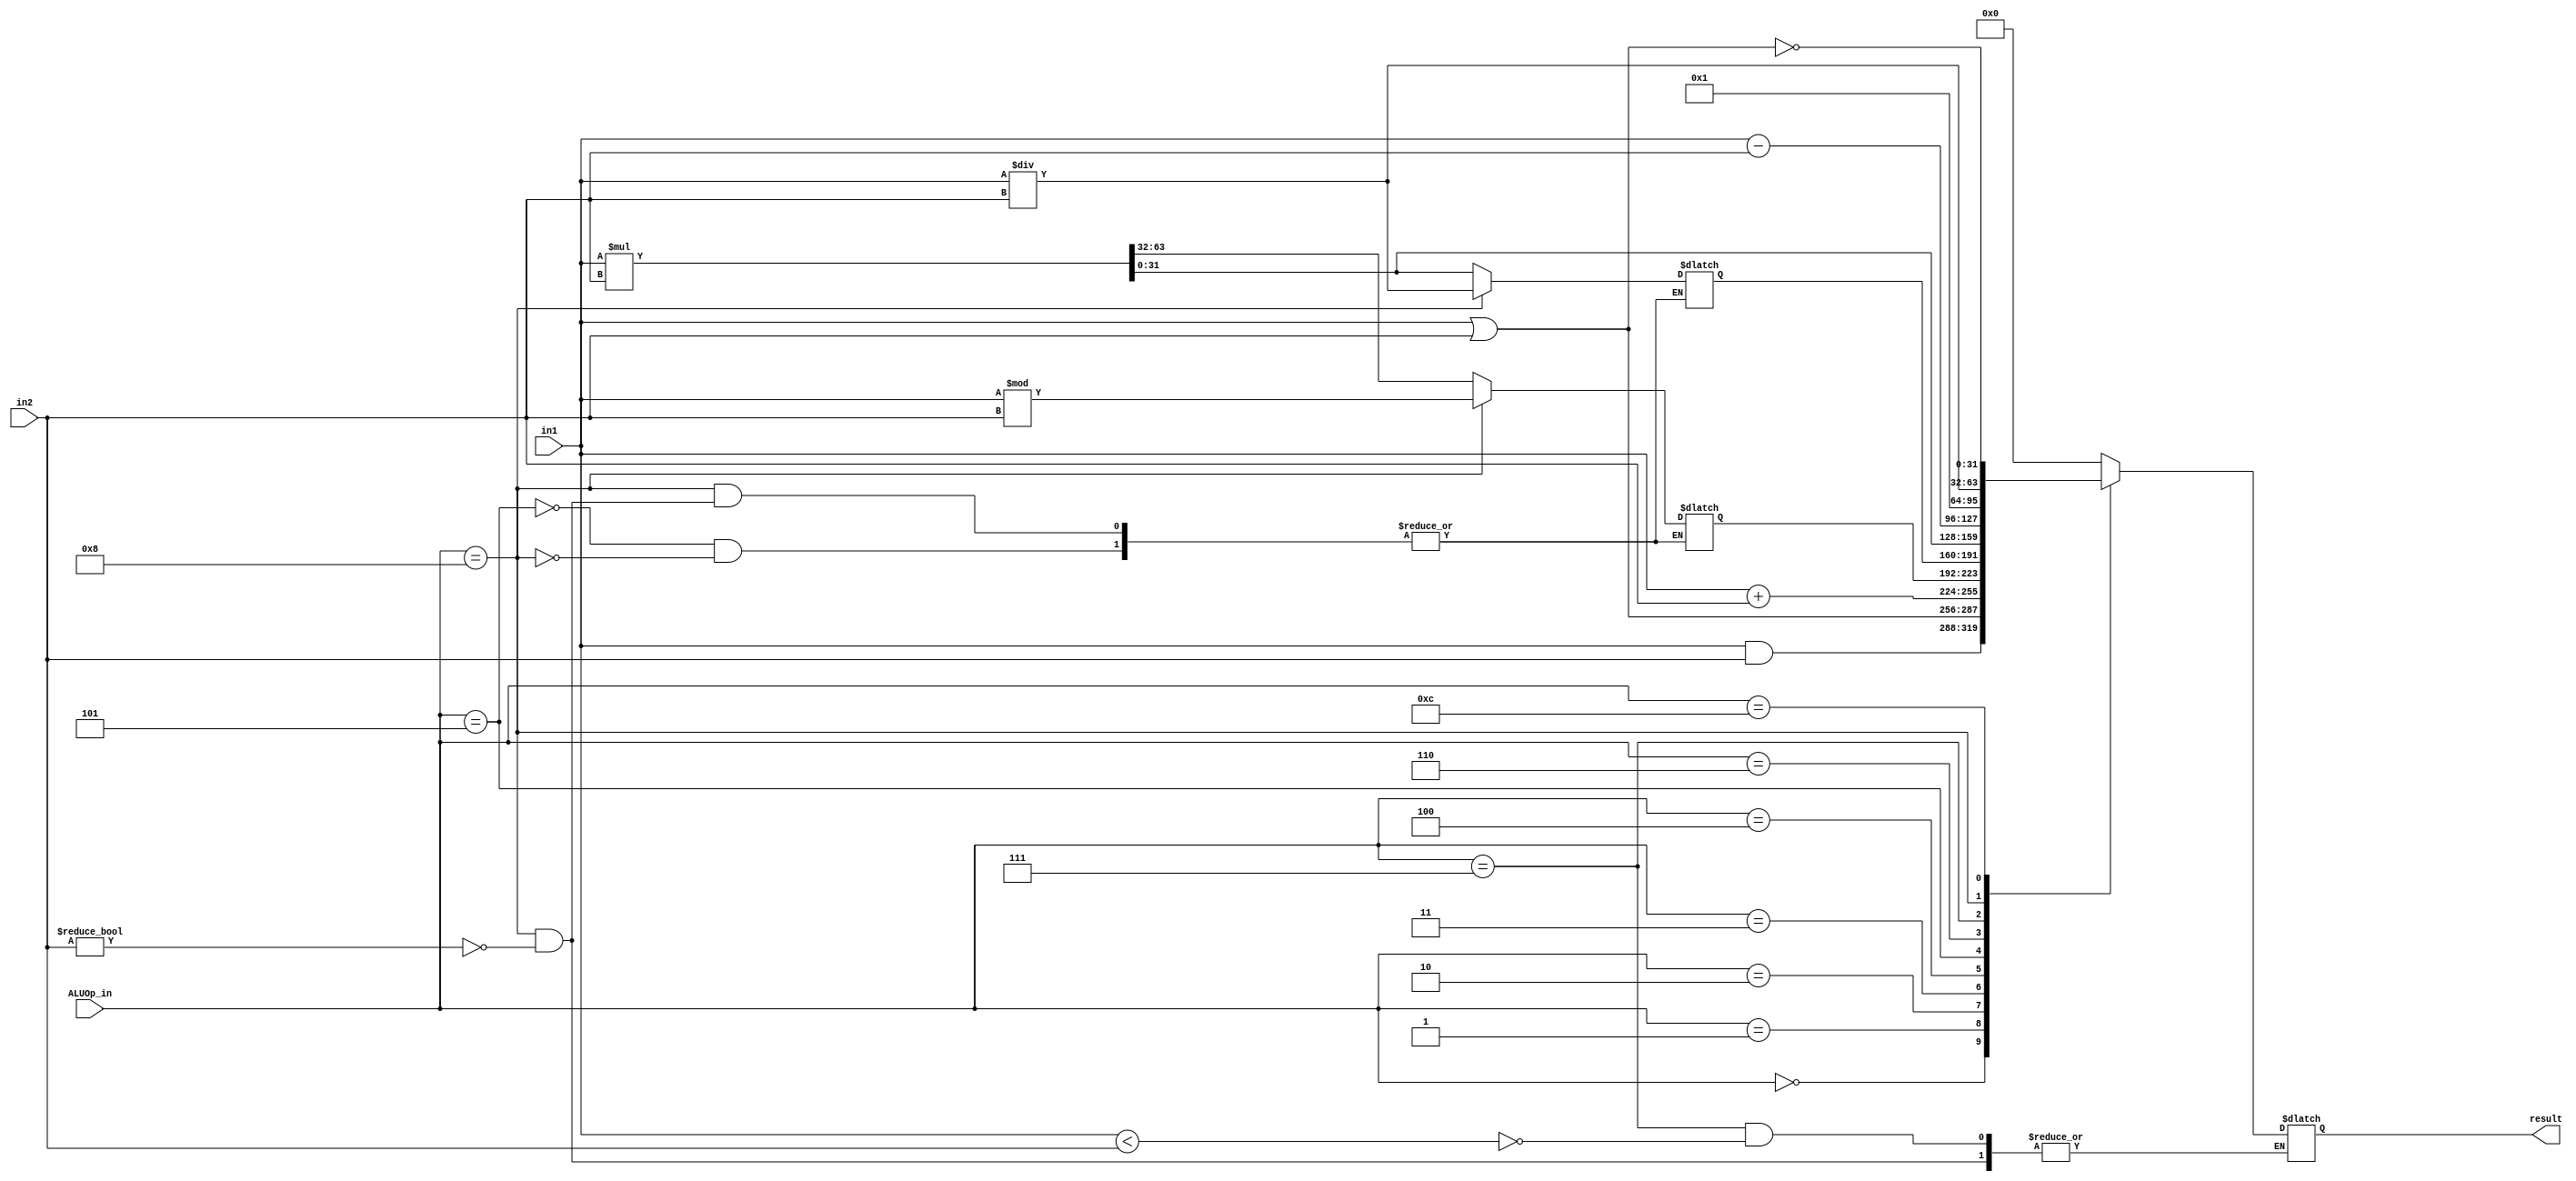
/*
see FIGURE B.5.15 A Verilog behavioral definition of a MIPS ALU
*/

module ALU(result, in1, in2, ALUOp_in);
	
								//coming from:
	input [31:0] in1;			//- reg file?
	input [31:0] in2; 			//-	^
	input [3:0] ALUOp_in;				//- alu control module	//fixed sizing error

							//goes to:	
	output reg [31:0] result;	//- addr of data mem
							//	- a 2 to 1 mux after data mem

	reg [31:0] hi, lo;

	always @ (*) begin
		case(ALUOp_in)
			//abd
			0: result <= in1 & in2;
			//or
			1: result <= in1 | in2;
			//add
			2: result <= in1 + in2;
			//mfhi
			3: result <= hi;
			//mflo
			4: result <= lo;
			//mult
			5: begin
				{hi, lo} = in1 * in2;
				result <= lo;
			end
			//sub
			6: result <= in1 - in2;
			//slt
			7: if(in1 < in2) result <= 1;
			//div
			8: begin
				if (in2 != 0) begin
					lo = in1 / in2;
					hi = in1 % in2;
					result <= lo;
				end
			end
			//nor
			12: result <= ~(in1 | in2);
			
			//
			default: result <= 0;

		endcase

	end


endmodule